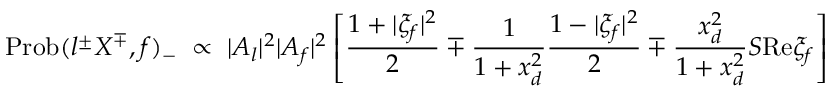
\mathrm { P r o b } ( l ^ { \pm } X ^ { \mp } , f ) _ { - } \; \propto \; | A _ { l } | ^ { 2 } | A _ { f } | ^ { 2 } \left[ \frac { 1 + | \xi _ { f } | ^ { 2 } } { 2 } \mp \frac { 1 } { 1 + x _ { d } ^ { 2 } } \frac { 1 - | \xi _ { f } | ^ { 2 } } { 2 } \mp \frac { x _ { d } ^ { 2 } } { 1 + x _ { d } ^ { 2 } } { \cal S } \mathrm { R e } \xi _ { f } \right] \;